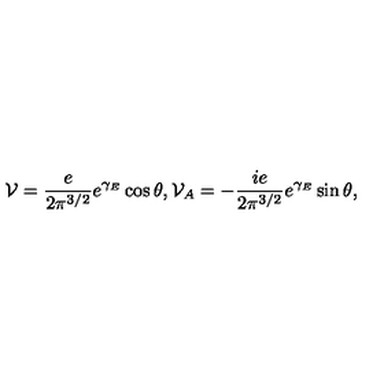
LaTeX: { \cal V } = \frac { e } { 2 \pi ^ { 3 / 2 } } e ^ { \gamma _ { E } } \cos \theta , { \cal V } _ { A } = - \frac { i e } { 2 \pi ^ { 3 / 2 } } e ^ { \gamma _ { E } } \sin \theta ,